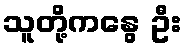
သူတို့ကနွေ ဦး